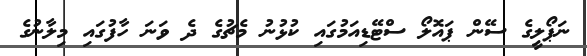
ނަޕޯލީގެ ސޭން ޕައޮލޯ ސްޓޭޑިއަމުގައި ކުޅުނު މެޗުގެ ދެ ވަނަ ހާފުގައި މިލާނުގެ